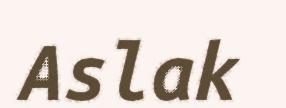
Aslak